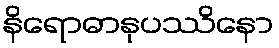
နိရောဓာနုပဿိနော